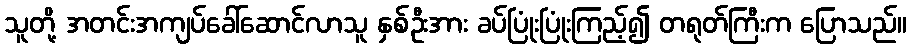
သူတို့ အတင်းအကျပ်ခေါ်ဆောင်လာသူ နှစ်ဦးအား ခပ်ပြုံးပြုံးကြည့်၍ တရုတ်ကြီးက ပြောသည်။